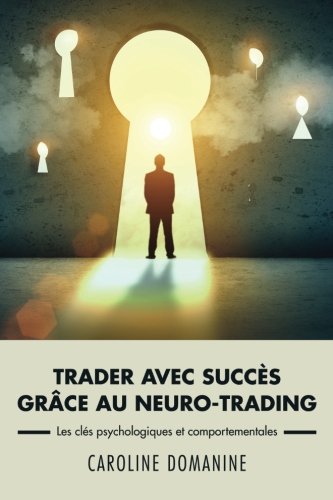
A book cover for Trader avec succes grace au neuro-trading: Un modÃ¨le psychologique et comportemental pour propulser le trader vers la rÃ©ussite (French Edition); Caroline Domanine; Business & Money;